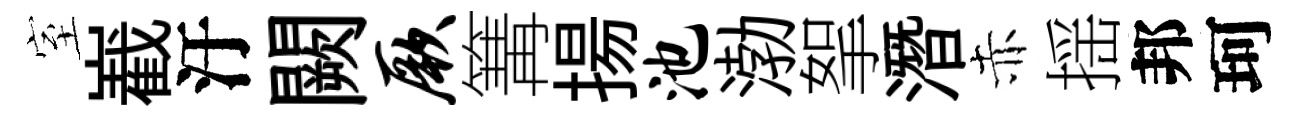
室嶻汙闕厥篝揚池渤挐潛赤揺邦珂